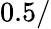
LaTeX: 0.5/